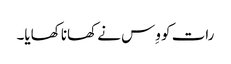
رات کو وِس نے کھانا کھایا۔